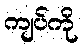
ကျပ်ကို